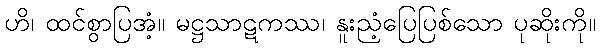
ဟိ၊ ထင်စွာပြအံ့။ မဋ္ဌသာဋကဿ၊ နူးညံ့ပြေပြစ်သော ပုဆိုးကို။